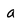
Character: a